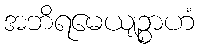
အဘိရမေယျဉ္စာဟံ